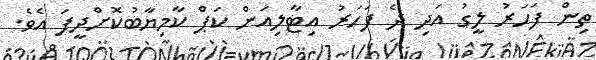
ތިން ފަހަރު ލީގު އަދި ދެ ފަހަރު އިޓާލިއަން ކަޕް ކާމިޔާބުކޮށްދީފަ އެވެ.